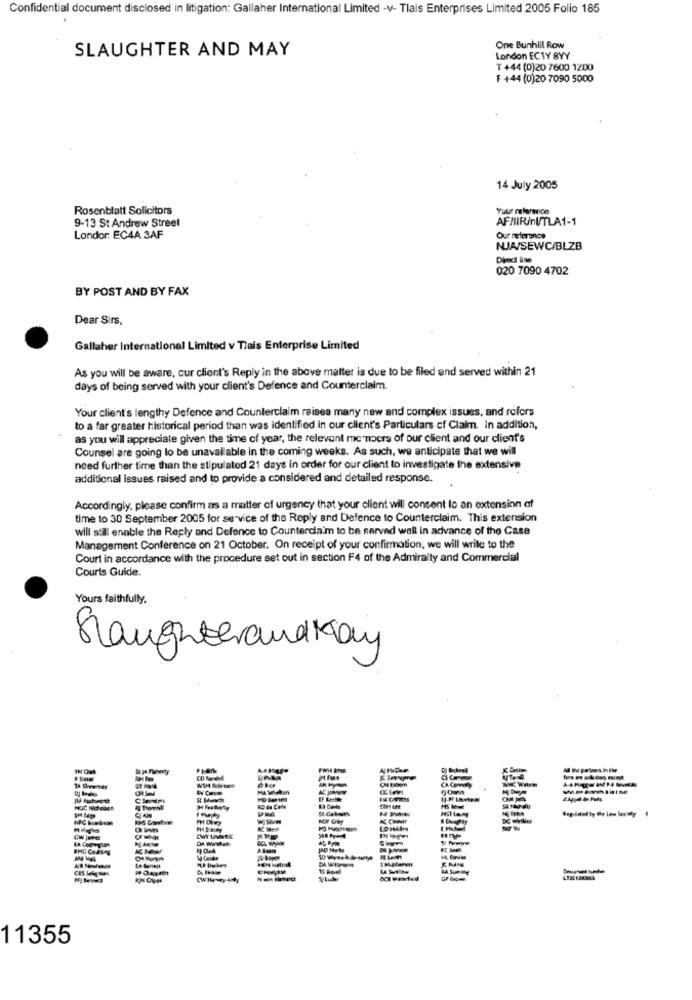
Confidential document disclosed in litigation: Gallaher International Limited -v- Tlais Enterprises Limited 2005 Folio 185
SLAUGHTER AND MAY
One Bunhill Row
London ECTY BYY
T +44 (0)20 7600 1200
₮ +44 (0)20 7090 5000
14 July 2005
Rosenblatt Solicitors
Your reference
9-13 St Andrew Street
AFMIR/nU/TLA1-1
Londor: EC4A 3AF
Our reference
NAISEWC/BLZB
Dired ine
020 7090 4702
BY POST AND BY FAX
Dear Sirs.
Gallaher International Limited v Tiais Enterprise Limited
As you will be aware, cur client's Reply in the above malter is due to be filed and served within 21
days of being served with your client's Defence and Counterclaim
Your client's lengthy Defence and Counterclaim raises many new and complex issues, and rofors
to a far greater historical period than was identified in our client's Particulars cf Claim. In addition,
as you will appreciate given the time of year, the relevant me moers of our client and our client's
Counsel are going lo be unavailable in the coming weeks. As such, we anticipate that we will
need further time than the stipulated 21 days in order for our client to investigate the extensive
additional issues raised and to provide a considered and detailed response.
Accordingly, please confirm as a matter of urgency that your client will consent lo an extension af
time to 30 September 2005 for service of the Reply and Defence to Counterclaim. This extension
will still enable the Reply and Defence to Counterdaim to be served well in advance of the Case
Management Conference on 21 October. On receipt of your confirmation, we will write to the
Court in accordance with the procedure set out in section F4 of the Admiralty and Commercial
Courts Guide.
Yours faithfully.
Slaughterand kay
CACOMO
DA Wantat
CES Sale
PF Mowa
Why-4
11355